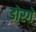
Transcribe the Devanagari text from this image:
डोरगे